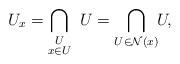
LaTeX: \begin{align*}U_x = \smashoperator[r]{\bigcap_{\substack{U \\ x \in U}}} \enspace U = \smashoperator[r]{\bigcap_{U \in \mathcal N(x)}} \enspace U,\end{align*}